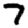
Digit: 7